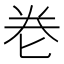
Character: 𭅑